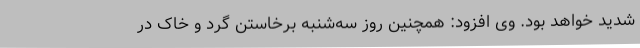
شدید خواهد بود. وی افزود: همچنین روز سه‌شنبه برخاستن گرد و خاک در